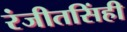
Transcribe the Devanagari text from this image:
रंजीतसिंही